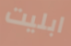
ابليت